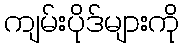
ကျမ်းပိုဒ်များကို